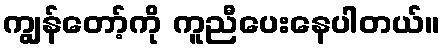
ကျွန်တော့်ကို ကူညီပေးနေပါတယ်။